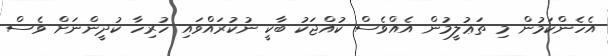
އެހެންކަމުން މި ތަޢުލީމުން އެއްވެސް ކުއްޖަކު ބާކީ ނުކުރައްވައި ހުރިހާ ކުދީންނަށް ވެސް